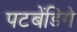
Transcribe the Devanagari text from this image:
पटबेंडिगे